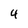
Character: 4